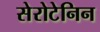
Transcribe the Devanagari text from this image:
सेरोटेनिन